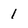
Character: 1